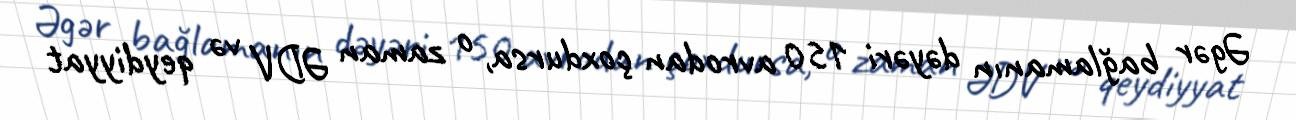
Əgər bağlamanın dəyəri 150 avrodan çoxdursa, o zaman ƏDV və qeydiyyat